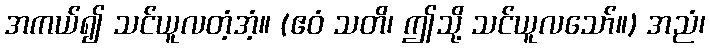
အကယ်၍ သင်ယူလတံ့အံ့။ (ဧဝံ သတိ၊ ဤသို့ သင်ယူလသော်။) အညံ၊